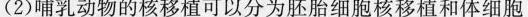
(2)哺乳动物的核移植可以分为胚胎细胞核移植和体细胞